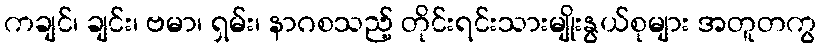
ကချင်၊ ချင်း၊ ဗမာ၊ ရှမ်း၊ နာဂစသည့် တိုင်းရင်းသားမျိုးနွယ်စုများ အတူတကွ